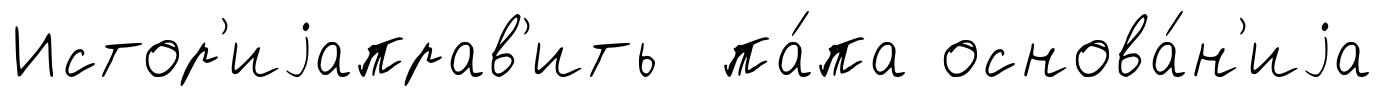
Истор'иjаправ'ить па́па основа́н'иjа